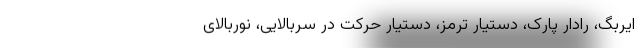
ایربگ، رادار پارک، دستیار ترمز، دستیار حرکت در سربالایی، نوربالای